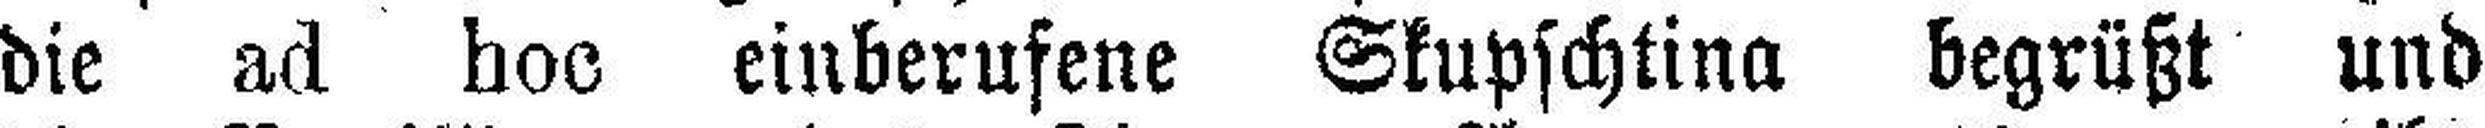
die ad hoc einberufene Skupschtina begrüßt und